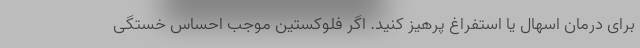
برای درمان اسهال یا استفراغ پرهیز کنید. اگر فلوکستین موجب احساس خستگی